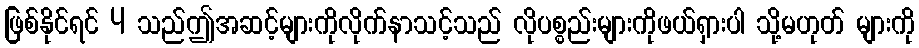
ဖြစ်နိုင်ရင် 4 သည်ဤအဆင့်များကိုလိုက်နာသင့်သည် လိုပစ္စည်းများကိုဖယ်ရှားပါ သို့မဟုတ် များကို